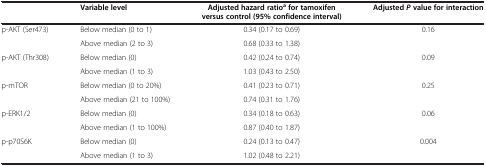
|  | Variable level | Adjusted hazard ratioa for tamoxifen versus control (95% confidence interval) | Adjusted P value for interaction |
 | --- | --- | --- | --- |
 | <ROWSPAN=2> p-AKT (Ser473) | Below median (0 to 1) | 0.34 (0.17 to 0.69) | <ROWSPAN=2> 0.16 |
 | Above median (2 to 3) | 0.68 (0.33 to 1.38) |
 | <ROWSPAN=2> p-AKT (Thr308) | Below median (0) | 0.42 (0.24 to 0.74) | <ROWSPAN=2> 0.09 |
 | Above median (1 to 3) | 1.03 (0.43 to 2.50) |
 | <ROWSPAN=2> p-mTOR | Below median (0 to 20%) | 0.41 (0.23 to 0.71) | <ROWSPAN=2> 0.25 |
 | Above median (21 to 100%) | 0.74 (0.31 to 1.76) |
 | <ROWSPAN=2> p-ERK1/2 | Below median (0) | 0.34 (0.18 to 0.63) | <ROWSPAN=2> 0.06 |
 | Above median (1 to 100%) | 0.87 (0.40 to 1.87) |
 | p-p70S6K | Below median (0) | 0.24 (0.13 to 0.47) | 0.004 |
 |  | Above median (1 to 3) | 1.02 (0.48 to 2.21) |  |